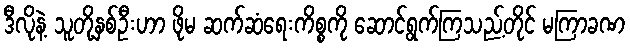
ဒီလိုနဲ့ သူတို့နှစ်ဦးဟာ ဖိုမ ဆက်ဆံရေးကိစ္စကို ဆောင်ရွက်ကြသည့်တိုင် မကြာခဏ